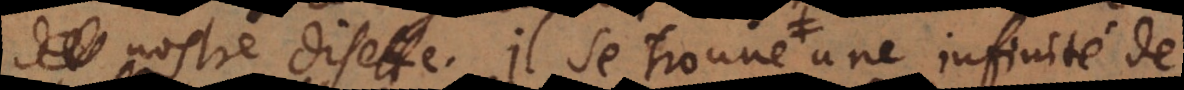
nostre disette. Il se trouve une infinité d